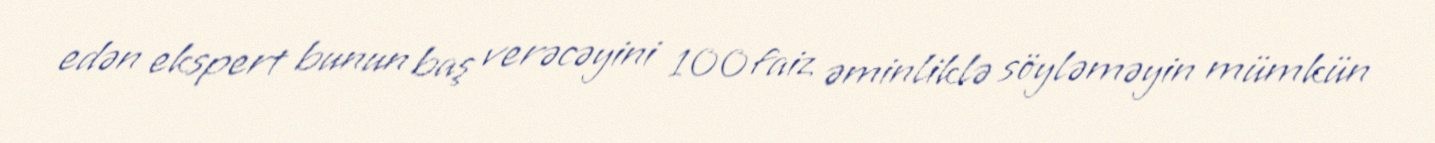
edən ekspert bunun baş verəcəyini 100 faiz əminliklə söyləməyin mümkün